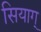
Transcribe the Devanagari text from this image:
सियाग्